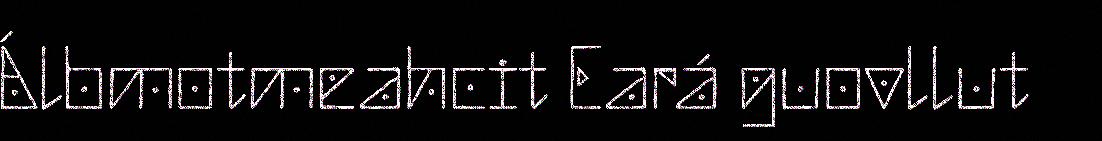
Álbmotmeahcit Eará guovllut